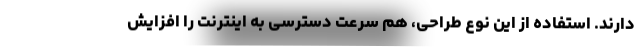
دارند. استفاده از این نوع طراحی، هم سرعت دسترسی به اینترنت را افزایش